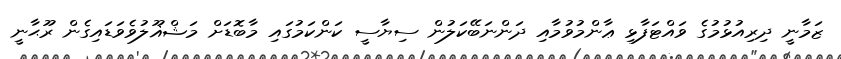
ޒަމާނީ ދިރިއުޅުމުގެ ވައްޓަފާޅި ޢާންމުވުމާއި ދަންނަބޭކަލުން ސިޔާސީ ކަންކަމުގައި މާބޮޑަށް މަޝްޣޫލުވެވަޑައިގެން ރޫޙާނީ